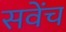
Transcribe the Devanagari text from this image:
सवेंच